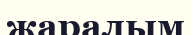
жаралым